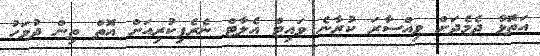
އަތޮޅާ ދެމެދަށް ވިއްސާރަ ކުރާނެ ވައިޓް އެލާޓް ނެރެފިކުރިއަށް އޮތް ތިން ދުވަހު